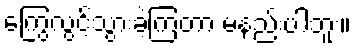
ကြွေလွင့်သွားခဲ့ကြတာ မနည်းပါဘူး။